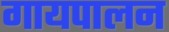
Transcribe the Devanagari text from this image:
गायपालन